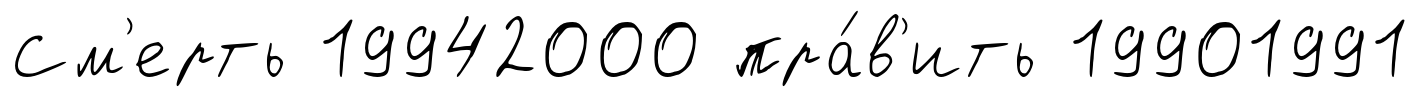
См'ерть 19942000 пра́в'ить 19901991